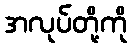
အလုပ်တို့ကို